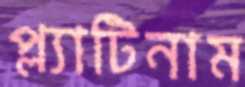
প্ল্যাটিনাম